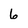
Character: 6